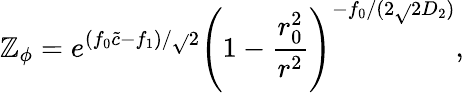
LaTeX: \mathbb{Z}_{\phi}=e^{(f_{0}\tilde{{c}}-f_{1})/\sqrt{}{{2}}}\left(1-\frac{{r_{0}^{2}}}{{r^{2}}}\right)^{-f_{0}/(2\sqrt{}{{2D_{2}}})},